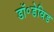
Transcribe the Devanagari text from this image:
डॉ॰डेविड